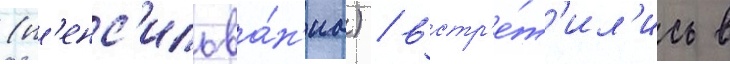
(п'енс'ильва́н'иа) / встр'е́т'ил'ись в